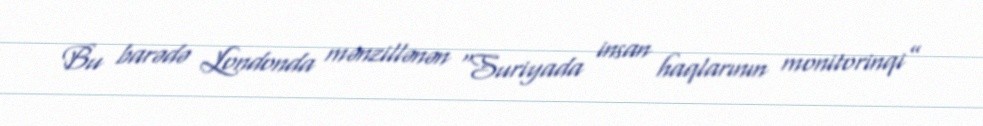
Bu barədə Londonda mənzillənən “Suriyada insan haqlarının monitorinqi”